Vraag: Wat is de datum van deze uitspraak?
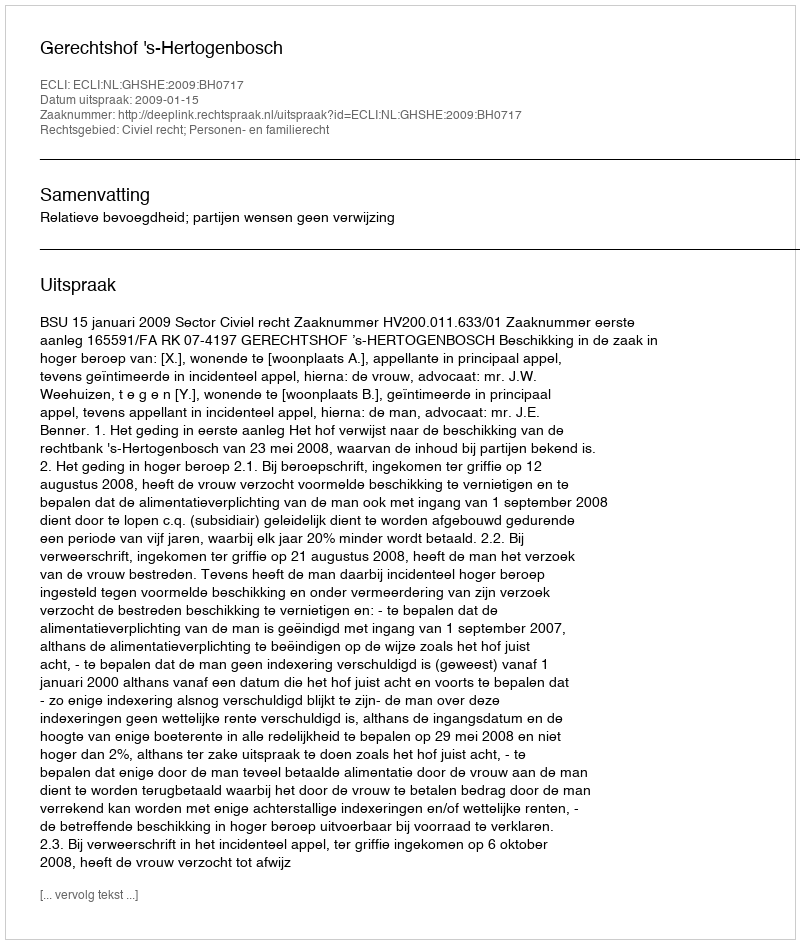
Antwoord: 2009-01-15